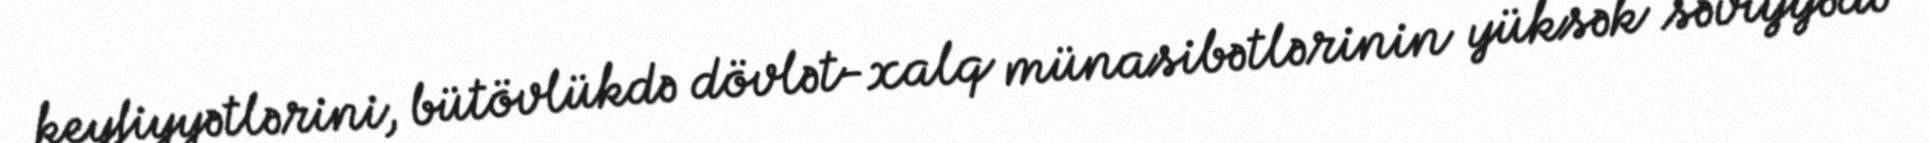
keyfiyyətlərini, bütövlükdə dövlət-xalq münasibətlərinin yüksək səviyyədə